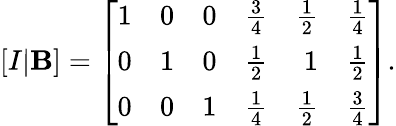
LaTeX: [I|\mathbf{B}]=\left[{\begin{array}{rrrrrr}{1}&{0}&{0}&{{\frac{3}{4}}}&{{\frac{1}{2}}}&{{\frac{1}{4}}}\\ {0}&{1}&{0}&{{\frac{1}{2}}}&{1}&{{\frac{1}{2}}}\\ {0}&{0}&{1}&{{\frac{1}{4}}}&{{\frac{1}{2}}}&{{\frac{3}{4}}}\end{array}}\right].